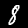
Label: 8